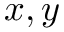
x , y